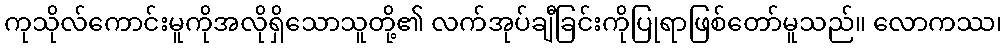
ကုသိုလ်ကောင်းမူကိုအလိုရှိသောသူတို့၏ လက်အုပ်ချီခြင်းကိုပြုရာဖြစ်တော်မူသည်။ လောကဿ၊